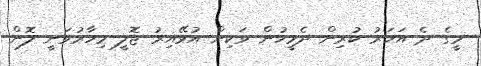
މީގެ ދެ އަހަރު ކުރިން ދެމީހުން ވަކިން އުޅޭއިރު ޖޮލީ މިހާރުވަނީ ލޮން